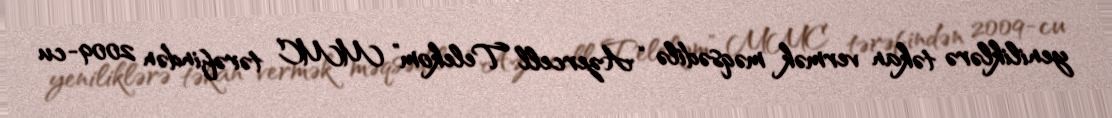
yeniliklərə təkan vermək məqsədilə “Azercell Telekom” MMC tərəfindən 2009-cu